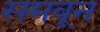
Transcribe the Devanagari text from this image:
समवून